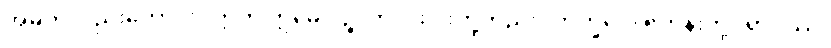
အမှတ်လည်းကောင်း။ ဣတိ ဣမေ ပဉ္စ၊ ဤငါးပါးတို့တည်း။ ဘိက္ခဝေ၊ ရဟန်းတို့။ ရာဂဿ၊